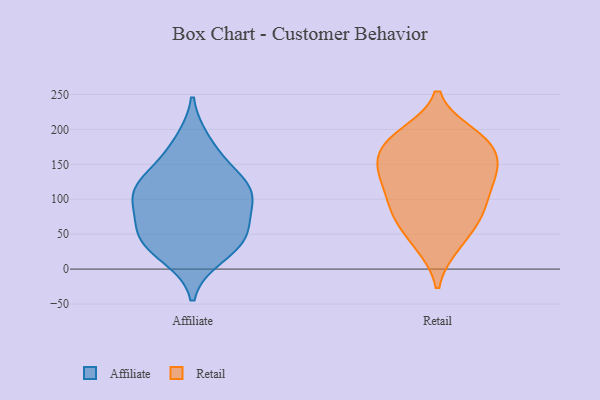
{"axis": {"x": "Inventory Turnover", "y": "Value"}, "legend": ["Affiliate", "Retail"], "data": [{"x": "", "y": 46, "type": "Affiliate"}, {"x": "", "y": 93, "type": "Affiliate"}, {"x": "", "y": 50, "type": "Affiliate"}, {"x": "", "y": 114, "type": "Affiliate"}, {"x": "", "y": 110, "type": "Affiliate"}, {"x": "", "y": 58, "type": "Affiliate"}, {"x": "", "y": 120, "type": "Affiliate"}, {"x": "", "y": 107, "type": "Affiliate"}, {"x": "", "y": 152, "type": "Affiliate"}, {"x": "", "y": 36, "type": "Affiliate"}, {"x": "", "y": 182, "type": "Affiliate"}, {"x": "", "y": 19, "type": "Affiliate"}, {"x": "", "y": 129, "type": "Retail"}, {"x": "", "y": 170, "type": "Retail"}, {"x": "", "y": 86, "type": "Retail"}, {"x": "", "y": 33, "type": "Retail"}, {"x": "", "y": 160, "type": "Retail"}, {"x": "", "y": 111, "type": "Retail"}, {"x": "", "y": 194, "type": "Retail"}, {"x": "", "y": 160, "type": "Retail"}, {"x": "", "y": 154, "type": "Retail"}, {"x": "", "y": 130, "type": "Retail"}, {"x": "", "y": 190, "type": "Retail"}, {"x": "", "y": 187, "type": "Retail"}, {"x": "", "y": 189, "type": "Retail"}, {"x": "", "y": 83, "type": "Retail"}, {"x": "", "y": 85, "type": "Retail"}, {"x": "", "y": 72, "type": "Retail"}, {"x": "", "y": 129, "type": "Retail"}, {"x": "", "y": 33, "type": "Retail"}, {"x": "", "y": 65, "type": "Retail"}, {"x": "", "y": 134, "type": "Retail"}]}